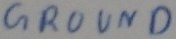
Text: GROUND